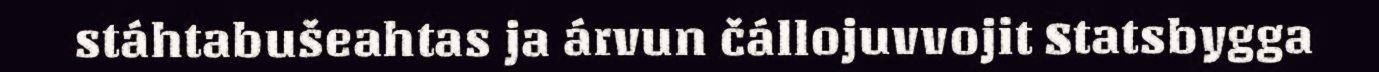
stáhtabušeahtas ja árvun čállojuvvojit Statsbygga